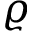
\varrho